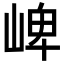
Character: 崥